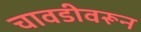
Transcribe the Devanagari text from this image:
चावडीवरून